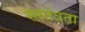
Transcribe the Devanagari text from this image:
स्ततंत्रता